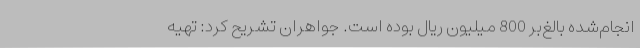
انجام‌شده بالغ‌بر 800 میلیون ریال بوده است. جواهران تشریح کرد: تهیه